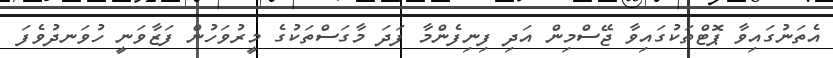
އެތަނުގައިވާ ޕޮޓްތަކުގައިވާ ޖޭސްމިން އަދި ފިނިފެންމާ ފަދަ މާގަސްތަކުގެ މީރުވަހުން ފަޒާވަނީ ހުވަނދުވެފަ